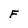
Character: F